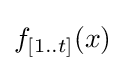
f_{[1..t]}(x)